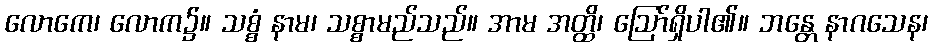
လောကေ၊ လောက၌။ သစ္စံ နာမ၊ သစ္စာမည်သည်။ အာမ အတ္ထိ၊ ဩော်ရှိပါ၏။ ဘန္တေ နာဂသေန၊